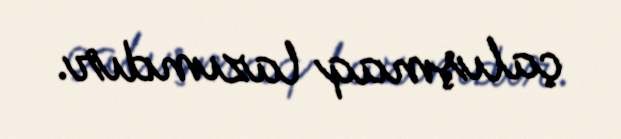
çalışmaq lazımdır.